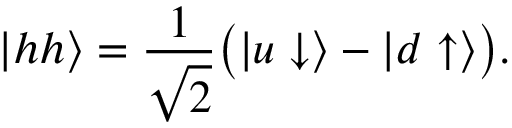
\left| { h h } \right\rangle = \frac { 1 } { \sqrt 2 } \bigl ( \left| { u \downarrow } \right\rangle - \left| { d \uparrow } \right\rangle \bigr ) .